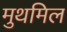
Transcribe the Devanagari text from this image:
मुथमिल